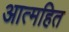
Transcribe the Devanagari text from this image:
आत्महित